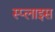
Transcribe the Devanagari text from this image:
स्प्लाइस